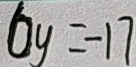
6 y = - 1 7